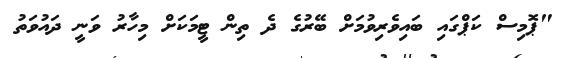
"ޕޮމިސް ކަޕްގައި ބައިވެރިވުމަށް ބޭރުގެ ދެ ތިން ޓީމަކަށް މިހާރު ވަނީ ދައުވަތު